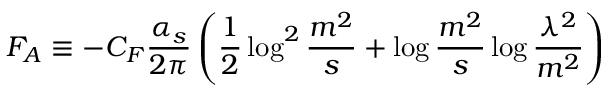
{ \cal F } _ { \cal A } \equiv - C _ { F } \frac { \alpha _ { s } } { 2 \pi } \left( \frac { 1 } { 2 } \log ^ { 2 } \frac { m ^ { 2 } } { s } + \log \frac { m ^ { 2 } } { s } \log \frac { \lambda ^ { 2 } } { m ^ { 2 } } \right)